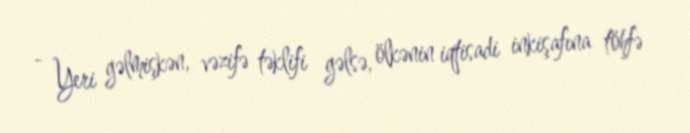
- Yeri gəlmişkən, vəzifə təklifi gəlsə, ölkənin iqtisadi inkişafına töhfə